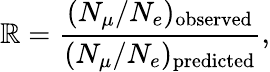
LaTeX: \mathbb{R}=\frac{{(N_{\mu}/N_{e})_{\mathrm{{observed}}}}}{{(N_{\mu}/N_{e})_{\mathrm{{predicted}}}}},